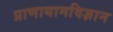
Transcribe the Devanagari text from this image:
प्राणायामविज्ञान